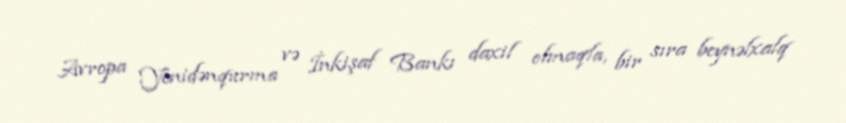
Avropa Yenidənqurma və İnkişaf Bankı daxil olmaqla, bir sıra beynəlxalq